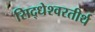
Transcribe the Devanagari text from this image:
सिद्धेश्वरतीर्थ